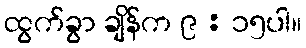
ထွက်ခွာ ချိန်က ၉ : ၁၅ပါ။